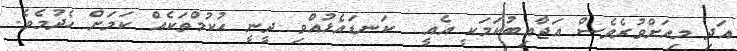
އަދި މިއަށްވުރެވެސް އަޖާއިބުކަމަކީ އެއީ  ކަނޑައެޅުއްވި ދީނީ ޙުކުމްތަކެއް ކަމަށް ހެދުމެވެ.